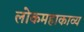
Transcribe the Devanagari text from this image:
लोकमहाकाव्य